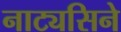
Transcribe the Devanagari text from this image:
नाट्यसिने